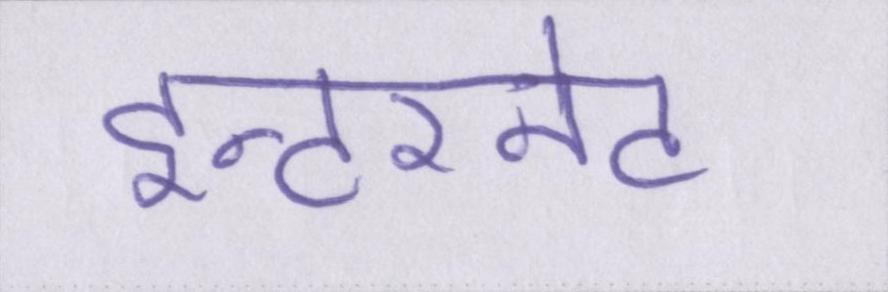
इन्टरनेट